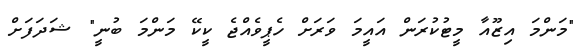
"މަންމަ އިޒޫއާ މީޓުކުރަން އައީމަ ވަރަށް ހެޕީވެއްޖެ ކީކޭ މަންމަ ބުނީ" ޝަދަފަށް